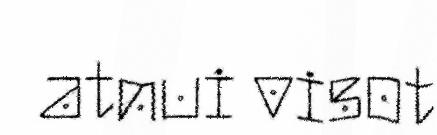
atnui visot